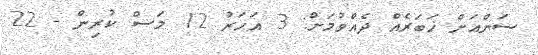
ސަންއަށް ޚަބަރެއް ދެއްވުމަށް: 3 އަހަރު 12 މަސް ކުރިން - 22